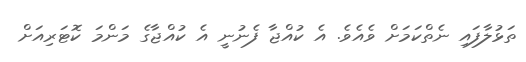
ތަޅުލާފައި ނެތްކަމަށް ވެއެވެ. އެ ކުއްޖާ ފެނުނީ އެ ކުއްޖާގެ މަންމަ ކޮޓަރިއަށް